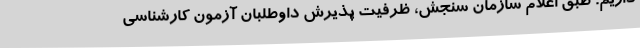
داریم. طبق اعلام سازمان سنجش، ظرفیت پذیرش داوطلبان آزمون کارشناسی